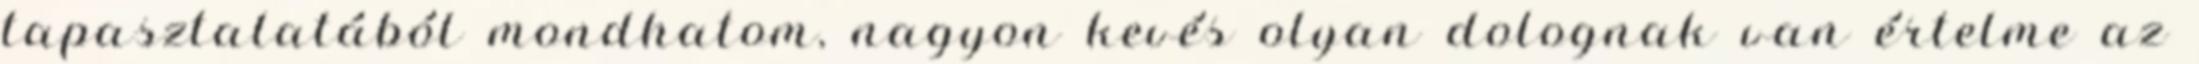
tapasztalatából mondhatom, nagyon kevés olyan dolognak van értelme az